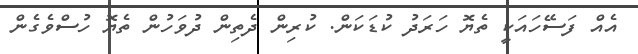
އެއް ފަސޭހައަކީ ތެޔޮ ހަރަދު ކުޑަކަން. ކުރިން ދެތިން ދުވަހުން ތެޔޮ ހުސްވެގެން